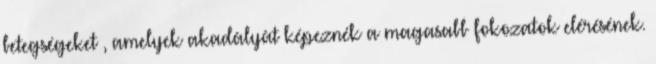
betegségeket , amelyek akadályát képeznék a magasabb fokozatok elérésének.